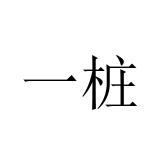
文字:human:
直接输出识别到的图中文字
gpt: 一桩